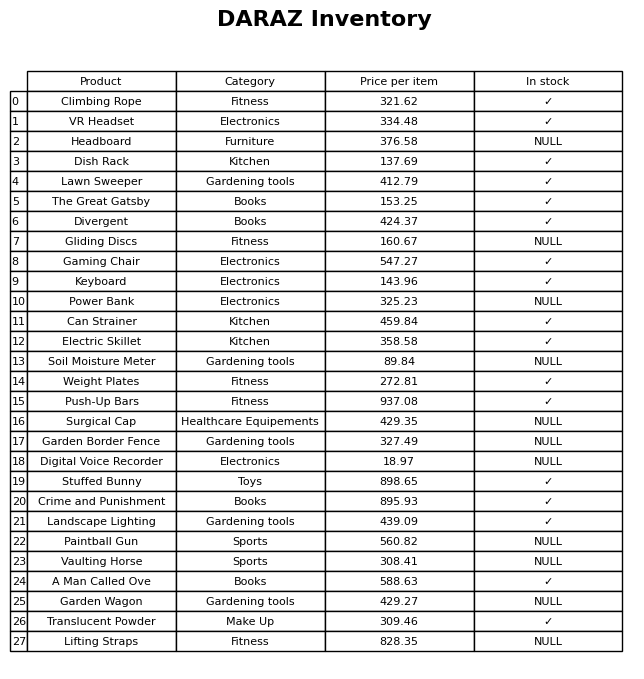
question: What is the stock status of the Crime and Punishment?
answer: ✓